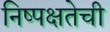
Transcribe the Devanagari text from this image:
निष्‍पक्षतेची